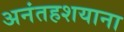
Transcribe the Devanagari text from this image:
अनंतहशयाना